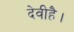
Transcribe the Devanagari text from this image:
देवीहै।